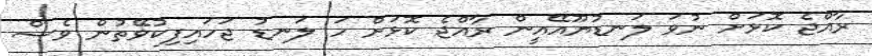
ރާއްޖެ ކޮޅަށް ނުވަ ލަނޑުޔޫއޭއީން ރާއްޖެ ކޮޅަށް ހަ ލަނޑު ޖަހައިފިކުވޭތުން ވެސް